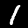
Label: 1